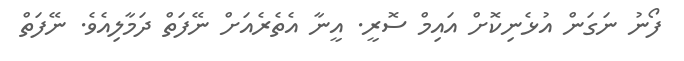
ފޯނު ނަގަން އުޅެނިކޮށް އައިމް ސޮރީ. އީނާ އެތެރެއަށް ނޭފަތް ދަމާލިއެވެ. ނޭފަތް